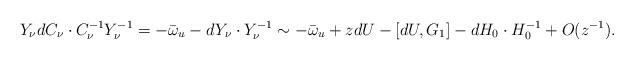
LaTeX: \begin{align*} Y_{\nu}dC_{\nu}\cdot C_{\nu}^{-1}Y_{\nu}^{-1}=-\bar{\omega}_{u}-dY_{\nu}\cdot Y_{\nu}^{-1}\sim-\bar{\omega}_{u} +zdU-[dU,G_{1}]-dH_{0}\cdot H_{0}^{-1}+O(z^{-1}). \end{align*}